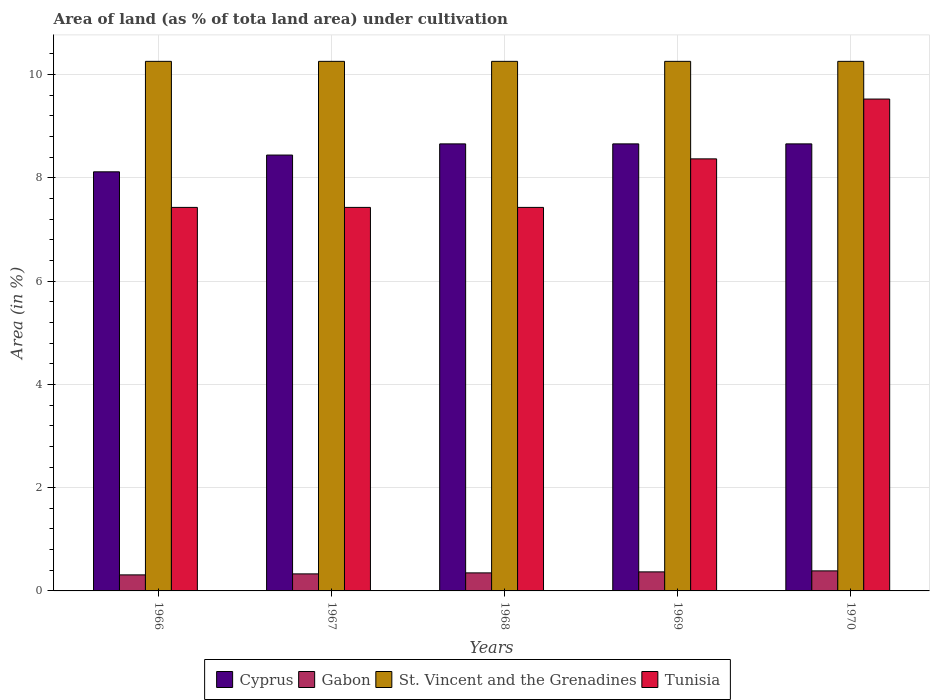
| Years | Cyprus | Gabon | St. Vincent and the Grenadines | Tunisia |
 | --- | --- | --- | --- | --- |
 | 1966 | 8.12 | 0.31 | 10.3 | 7.43 |
 | 1967 | 8.44 | 0.33 | 10.3 | 7.43 |
 | 1968 | 8.66 | 0.349 | 10.3 | 7.43 |
 | 1969 | 8.66 | 0.369 | 10.3 | 8.37 |
 | 1970 | 8.66 | 0.388 | 10.3 | 9.53 |